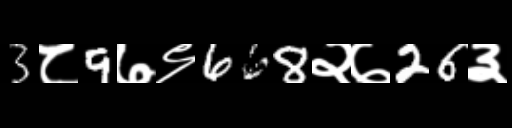
Text: 3८9७९668२७26३